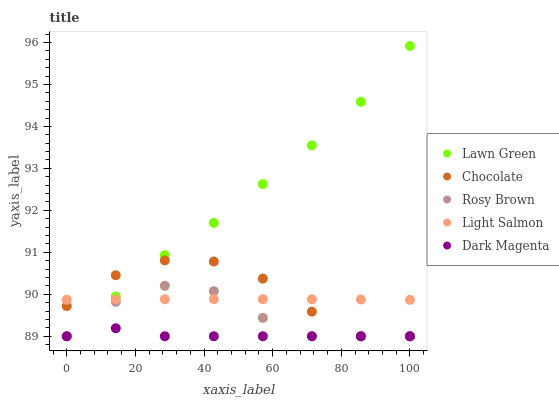
| xaxis_label | Lawn Green | Chocolate | Rosy Brown | Light Salmon | Dark Magenta |
 | --- | --- | --- | --- | --- | --- |
 | 0 | 89 | 89.7 | 89 | 89.9 | 89 |
 | 14.3 | 89.9 | 90.5 | 89.8 | 89.9 | 89.2 |
 | 28.6 | 90.9 | 90.8 | 90.2 | 89.9 | 89 |
 | 42.9 | 91.7 | 90.8 | 90.1 | 89.9 | 89 |
 | 57.1 | 92.6 | 90.4 | 89.4 | 89.9 | 89 |
 | 71.4 | 93.5 | 89.6 | 89 | 89.9 | 89 |
 | 85.7 | 94.6 | 89 | 89 | 89.9 | 89 |
 | 100 | 95.9 | 89 | 89 | 89.9 | 89 |